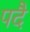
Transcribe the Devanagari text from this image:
पदै